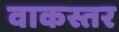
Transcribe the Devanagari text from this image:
वाकस्तर